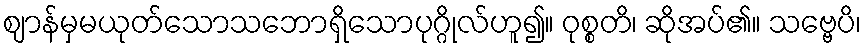
ဈာန်မှမယုတ်သောသဘောရှိသောပုဂ္ဂိုလ်ဟူ၍။ ဝုစ္စတိ၊ ဆိုအပ်၏။ သဗ္ဗေပိ၊